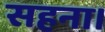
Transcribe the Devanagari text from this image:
सहना।